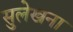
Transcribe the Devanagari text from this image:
सुलेखना